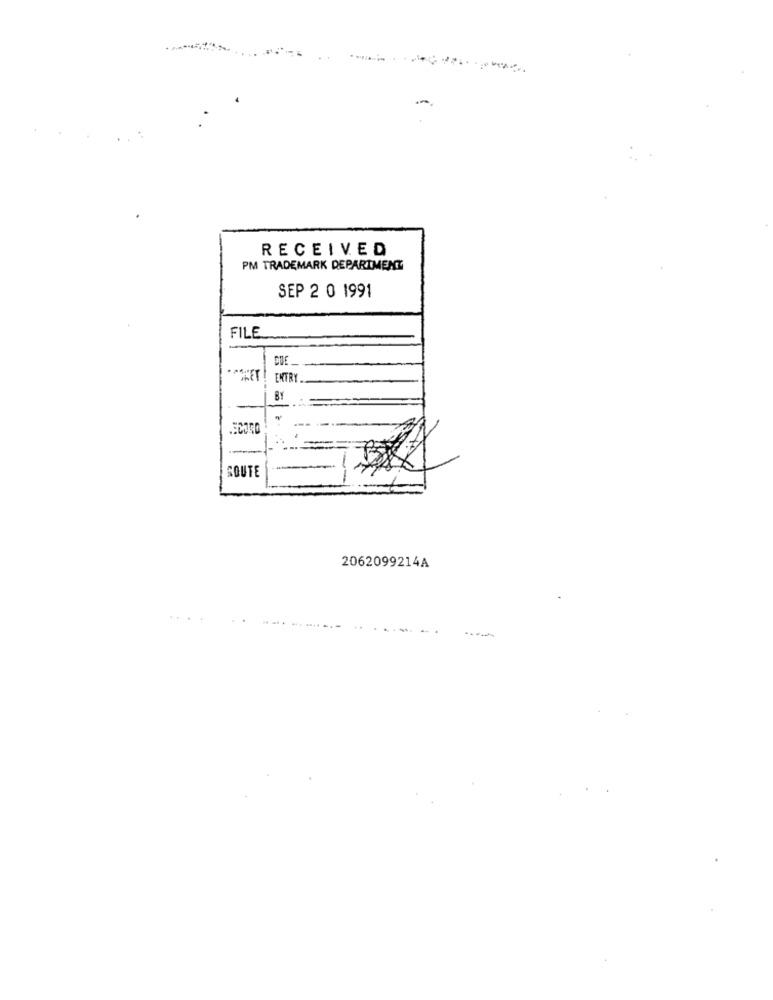
-
RECEIVED
PM TRADEMARK DEPARTMENT
SEP 2 0 1991
FILE
DUE _
** LET !
ENTRY
BY
-
SOUTE
2062099214A
.. .